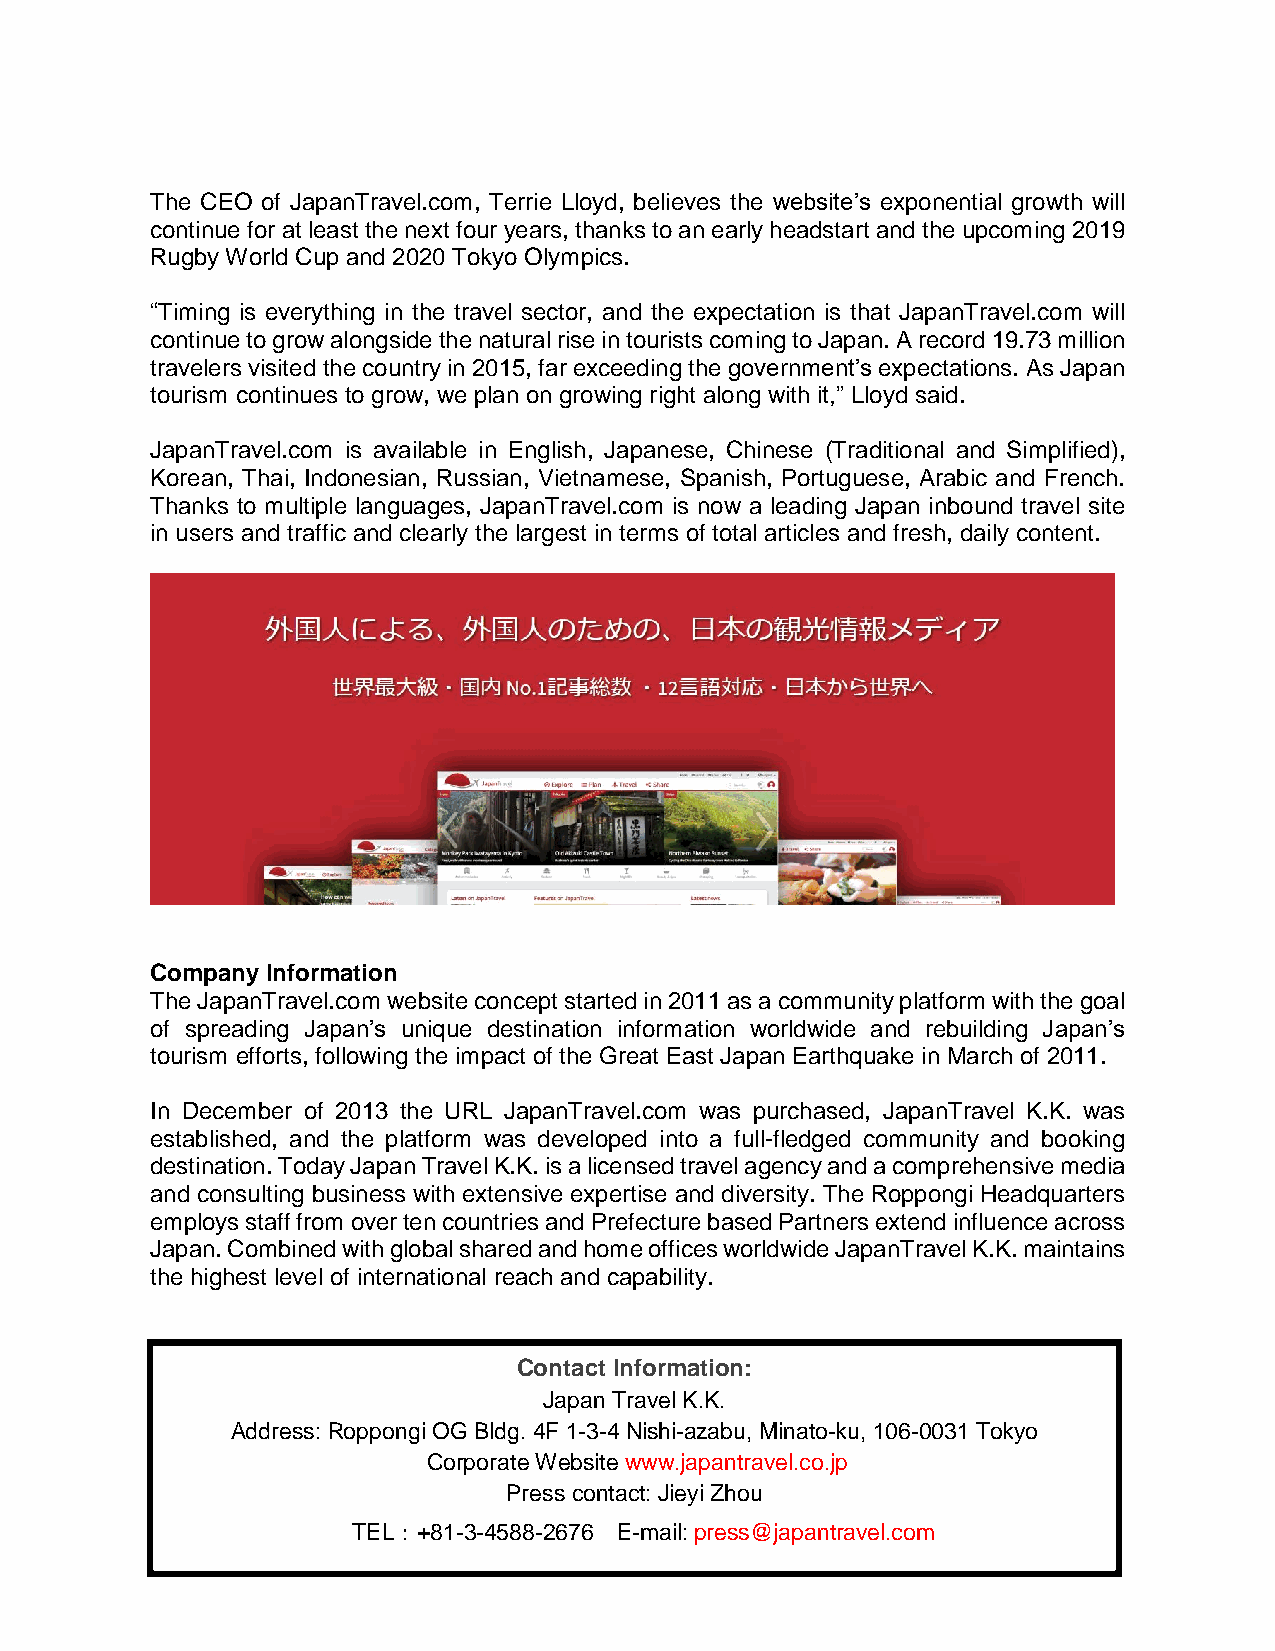
The CEO of JapanTravel.com, Terrie Lloyd, believes the website’s exponential growth will
 continue for at least the next four years, thanks to an early headstart and the upcoming 2019
 Rugby World Cup and 2020 Tokyo Olympics.
 “Timing is everything in the travel sector, and the expectation is that JapanTravel.com will
 continue to grow alongside the natural rise in tourists coming to Japan. A record 19.73 million
 travelers visited the country in 2015, far exceeding the government’s expectations. As Japan
 tourism continues to grow, we plan on growing right along with it,” Lloyd said.
 JapanTravel.com is available in English, Japanese, Chinese (Traditional and Simplified),
 Korean, Thai, Indonesian, Russian, Vietnamese, Spanish, Portuguese, Arabic and French.
 Thanks to multiple languages, JapanTravel.com is now a leading Japan inbound travel site
 in users and traffic and clearly the largest in terms of total articles and fresh, daily content.
 Company Information
 The JapanTravel.com website concept started in 2011 as a community platform with the goal
 of spreading Japan’s unique destination information worldwide and rebuilding Japan’s
 tourism efforts, following the impact of the Great East Japan Earthquake in March of 2011.
 In December of 2013 the URL JapanTravel.com was purchased, JapanTravel K.K. was
 established, and the platform was developed into a full-fledged community and booking
 destination. Today Japan Travel K.K. is a licensed travel agency and a comprehensive media
 and consulting business with extensive expertise and diversity. The Roppongi Headquarters
 employs staff from over ten countries and Prefecture based Partners extend influence across
 Japan. Combined with global shared and home offices worldwide JapanTravel K.K. maintains
 the highest level of international reach and capability.
 z
 Contact Information:
 Japan Travel K.K.
 Address: Roppongi OG Bldg. 4F 1-3-4 Nishi-azabu, Minato-ku, 106-0031 Tokyo
 Corporate Website www.japantravel.co.jp
 Press contact: Jieyi Zhou
 TEL：+81-3-4588-2676 E-mail: press@japantravel.com